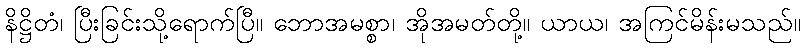
နိဋ္ဌိတံ၊ ပြီးခြင်းသို့ရောက်ပြီ။ ဘောအမစ္စာ၊ အိုအမတ်တို့။ ယာယ၊ အကြင်မိန်းမသည်။